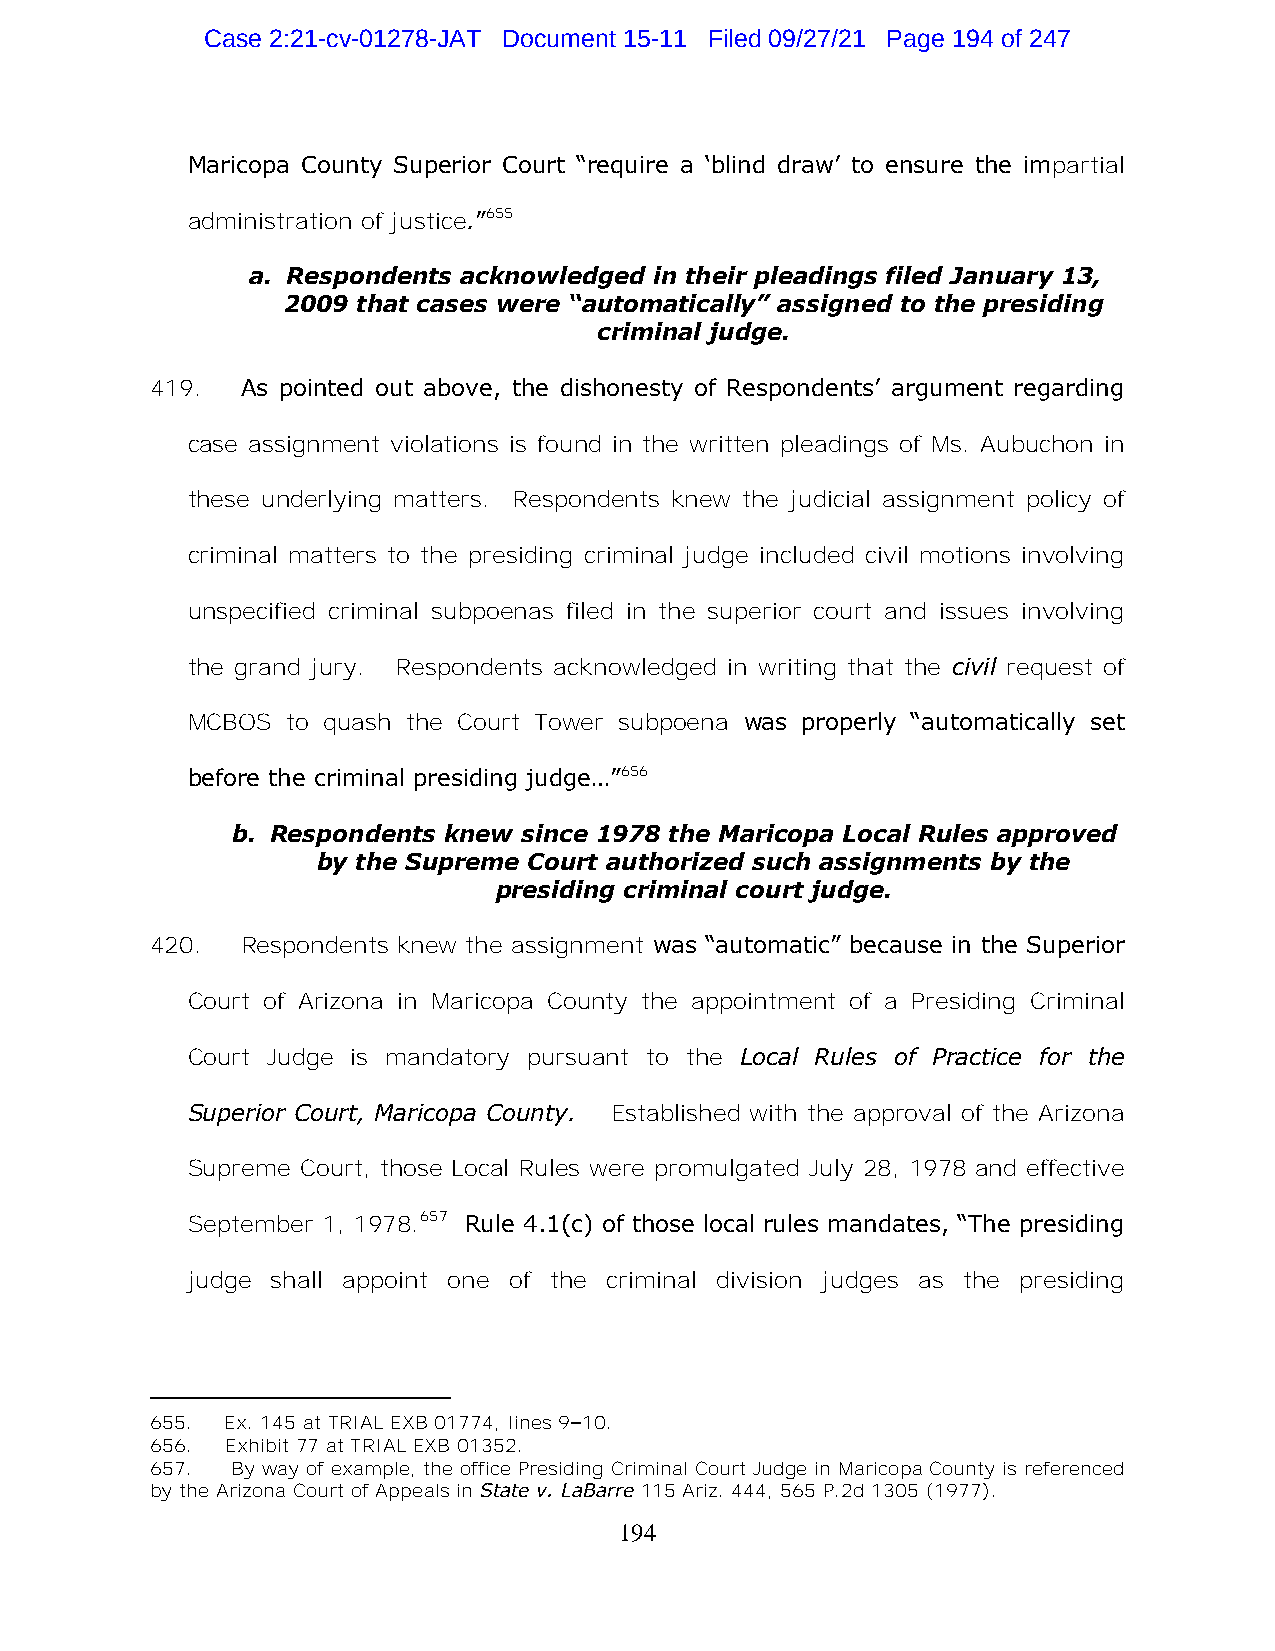
Case 2:21-cv-01278-JAT Document 15-11 Filed 09/27/21 Page 194 of 247
 Maricopa County Superior Court “require a ‘blind draw’ to ensure the impartial
 administration of justice.”655
 a. Respondents acknowledged in their pleadings filed January 13,
 2009 that cases were “automatically” assigned to the presiding
 criminal judge.
 419.  As pointed out above, the dishonesty of Respondents’ argument regarding
 case assignment violations is found in the written pleadings of Ms. Aubuchon in
 these underlying matters. Respondents knew the judicial assignment policy of
 criminal matters to the presiding criminal judge included civil motions involving
 unspecified criminal subpoenas filed in the superior court and issues involving
 the grand jury. Respondents acknowledged in writing that the civil request of
 MCBOS  to quash the Court Tower subpoena was properly “automatically set
 before the criminal presiding judge…”656
 b. Respondents knew since 1978 the Maricopa Local Rules approved
 by the Supreme Court authorized such assignments by the
 presiding criminal court judge.
 420.  Respondents knew the assignment was “automatic” because in the Superior
 Court of Arizona in Maricopa County the appointment of a Presiding Criminal
 Court Judge is mandatory pursuant to the Local Rules of Practice for the
 Superior Court, Maricopa County. Established with the approval of the Arizona
 Supreme Court, those Local Rules were promulgated July 28, 1978 and effective
 September 1, 1978.657 Rule 4.1(c) of those local rules mandates, “The presiding
 judge shall appoint one of the criminal division judges as the presiding
 655. Ex. 145 at TRIAL EXB 01774, lines 9–10.
 656. Exhibit 77 at TRIAL EXB 01352.
 657. By way of example, the office Presiding Criminal Court Judge in Maricopa County is referenced
 by the Arizona Court of Appeals in State v. LaBarre 115 Ariz. 444, 565 P.2d 1305 (1977).
 194